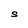
Character: S